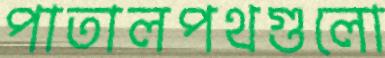
পাতালপথগুলো